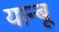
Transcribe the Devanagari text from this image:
यान्बू